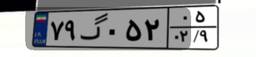
۷۹گ۰۵۲۰۵